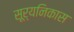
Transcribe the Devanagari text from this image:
सूर्यनिकास